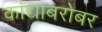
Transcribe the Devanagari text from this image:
कांद्याबरोबर